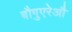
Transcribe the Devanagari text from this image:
बौगुएरेऔ